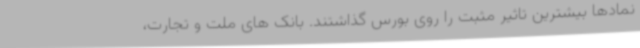
نمادها بیشترین تاثیر مثبت را روی بورس گذاشتند. بانک های ملت و تجارت،